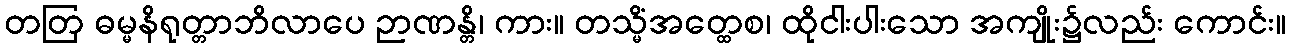
တတြ ဓမ္မနိရုတ္တာဘိလာပေ ဉာဏန္တိ၊ ကား။ တသ္မိံအတ္ထေစ၊ ထိုငါးပါးသော အကျိုး၌လည်း ကောင်း။